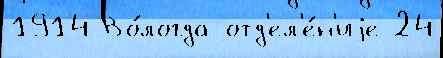
1914 Во́логда отд'ел'е́н'иjе 24